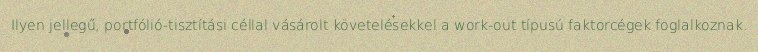
Ilyen jellegű, portfólió-tisztítási céllal vásárolt követelésekkel a work-out típusú faktorcégek foglalkoznak.